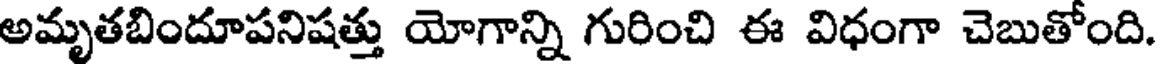
అమృతబిందూపనిషత్తు యోగాన్ని గురించి ఈ విధంగా చెబుతోంది.